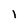
Character: 1